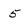
Character: 5